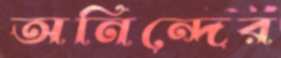
অনিন্দের